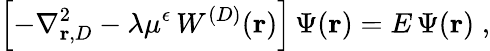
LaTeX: \left[-\nabla_{{\mathbf r},{D}}^{2}-\lambda\mu^{\epsilon}\, W^{({D})}({\mathbf r})\right]\, \Psi({\mathbf r})=E\, \Psi({\mathbf r})\; ,